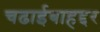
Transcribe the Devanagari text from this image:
चढाईबाहद्दर